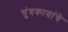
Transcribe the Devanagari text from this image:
चुंबकाग्रांचे